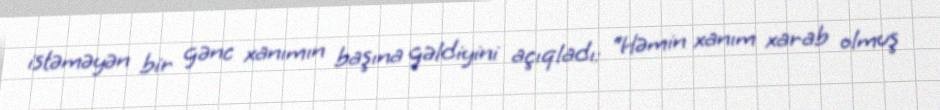
istəməyən bir gənc xanımın başına gəldiyini açıqladı: “Həmin xanım xarab olmuş